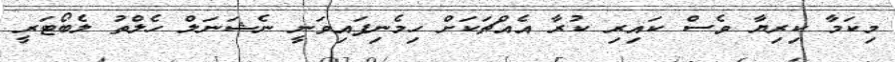
މިކަމާ ކިރިޔާ ވެސް ކައިރި ކުރާ އެއްޗަކަށް ހިމެނިފައިވަނީ ނެޝަނަލް ހެލްތު ލެބޯޓަރީ